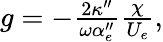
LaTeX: \begin{array}{r}{g=-\frac{2\kappa^{\prime\prime}}{\omega\alpha_{e}^{\prime\prime}}\frac{\chi}{U_{e}},}\end{array}